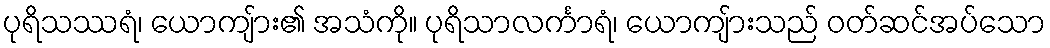
ပုရိသဿရံ၊ ယောကျ်ား၏ အသံကို။ ပုရိသာလင်္ကာရံ၊ ယောကျ်ားသည် ဝတ်ဆင်အပ်သော